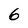
Character: 6